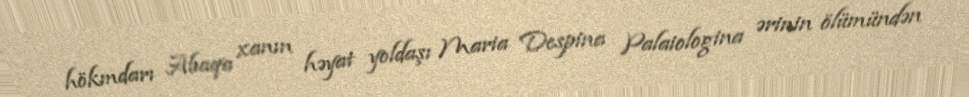
hökmdarı Abaqa xanın həyat yoldaşı Maria Despina Palaiologina ərinin ölümündən